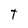
Character: T